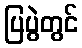
ပြပွဲတွင်